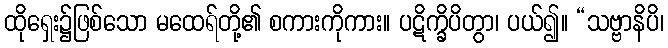
ထိုရှေး၌ဖြစ်သော မထေရ်တို့၏ စကားကိုကား။ ပဋိက္ခိပိတွာ၊ ပယ်၍။ “သဗ္ဗာနိပိ၊